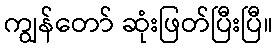
ကျွန်တော် ဆုံးဖြတ်ပြီးပြီ။